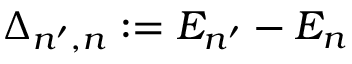
\Delta _ { n ^ { \prime } , n } : = E _ { n ^ { \prime } } - E _ { n }